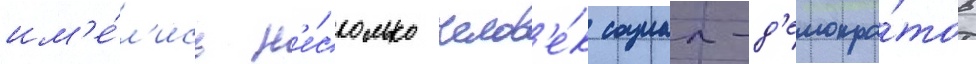
им'е́л'ись н'е́сколько челов'е́к социал-д'емокра́тов